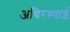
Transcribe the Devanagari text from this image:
अचिरस्थाई